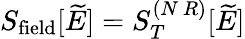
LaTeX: S_{\mathrm{field}}[\widetilde{E}]=S_{T}^{(N\, R)}[\widetilde{E}]